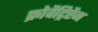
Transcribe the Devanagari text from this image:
फ्रोवैट्रिप्टैन